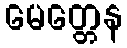
မေတ္တေန